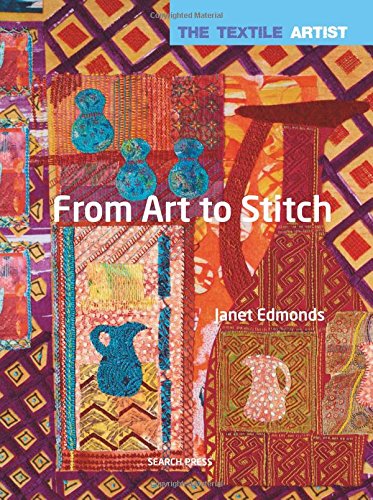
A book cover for From Art to Stitch (Textile Artist); Janet Edmonds; Crafts, Hobbies & Home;